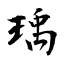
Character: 瑀